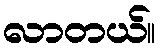
လာတယ်။